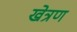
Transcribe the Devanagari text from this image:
खेत्रण